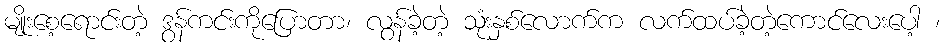
မျိုးစေ့ရောင်းတဲ့ ဒွန်ကင်းကိုပြောတာ၊ လွန်ခဲ့တဲ့ သုံးနှစ်လောက်က လက်ထပ်ခဲ့တဲ့ကောင်လေးပေါ့ ၊